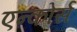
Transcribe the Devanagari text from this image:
एन्कोर्स